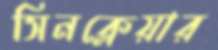
সিনক্লেয়ার